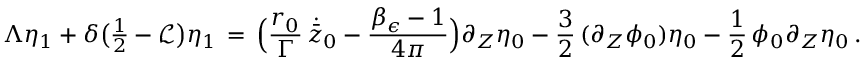
\Lambda \eta _ { 1 } + \delta \bigl ( { \textstyle \frac 1 2 } - \mathcal { L } \bigr ) \eta _ { 1 } \, = \, \Bigl ( \frac { { r _ { 0 } } } { \Gamma } \, \dot { \bar { z } } _ { 0 } - \frac { \beta _ { \epsilon } - 1 } { 4 \pi } \Bigr ) \partial _ { Z } \eta _ { 0 } - \frac { 3 } { 2 } \, ( \partial _ { Z } \phi _ { 0 } ) \eta _ { 0 } - \frac { 1 } { 2 } \, \phi _ { 0 } \partial _ { Z } \eta _ { 0 } \, .